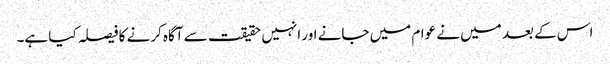
اس کے بعد میں نے عوام میں جانے اور انہیں حقیقت سے آگاہ کرنے کا فیصلہ کیا ہے۔